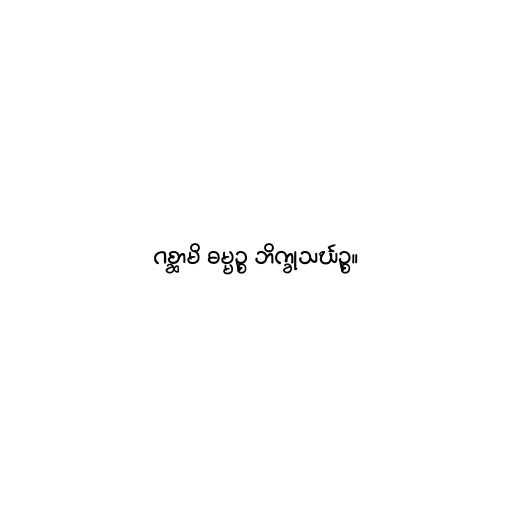
ဂစ္ဆာမိ ဓမ္မဉ္စ ဘိက္ခုသင်္ဃဉ္စ။